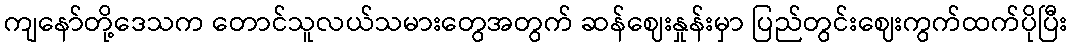
ကျနော်တို့ဒေသက တောင်သူလယ်သမားတွေအတွက် ဆန်ဈေးနှုန်းမှာ ပြည်တွင်းဈေးကွက်ထက်ပိုပြီး